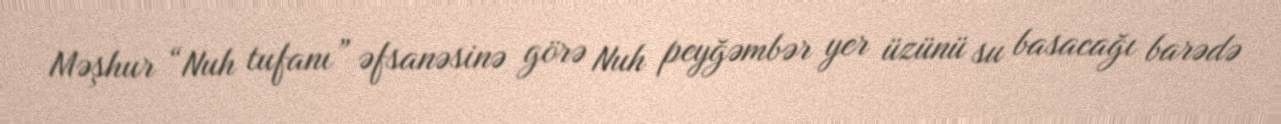
Məşhur “Nuh tufanı” əfsanəsinə görə Nuh peyğəmbər yer üzünü su basacağı barədə